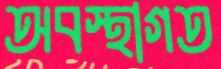
অবস্থাগত